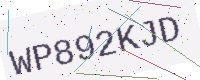
Text: WP892KJD